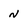
Character: N